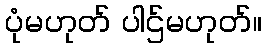
ပုံမဟုတ် ပါဌ်မဟုတ်။